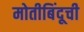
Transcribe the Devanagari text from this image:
मोतीबिंदूची